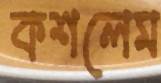
কশলেম